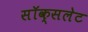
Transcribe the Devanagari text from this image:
सॉक्सलेट